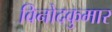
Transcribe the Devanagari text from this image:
विनोदकुमार